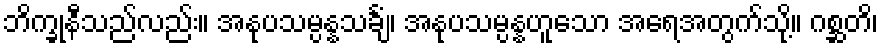
ဘိက္ခုနီသည်လည်း။ အနုပသမ္ပန္နသင်္ချံ၊ အနုပသမ္ပန္နဟူသော အရေအတွက်သို့။ ဂစ္ဆတိ၊